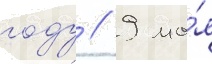
году // 9 ма́я